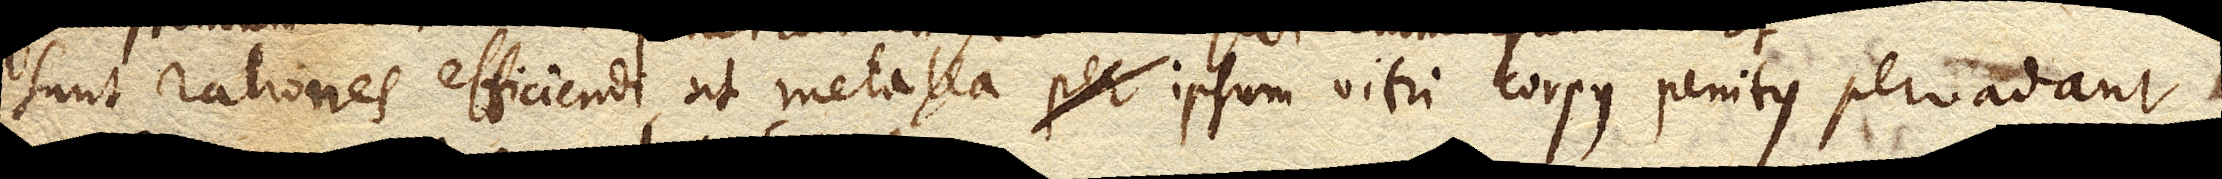
sunt rationes efficiendi ut metalla ipsum vitri corpus penitus penetrent